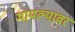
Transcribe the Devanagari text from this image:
मामल्यावर